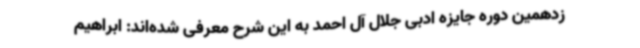
زدهمین دوره جایزه ادبی جلال آل احمد به این شرح معرفی شده‌اند: ابراهیم